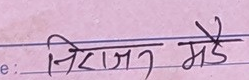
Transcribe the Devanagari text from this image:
निराजन मैै